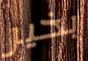
بخير